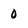
Character: 0